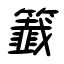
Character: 籖